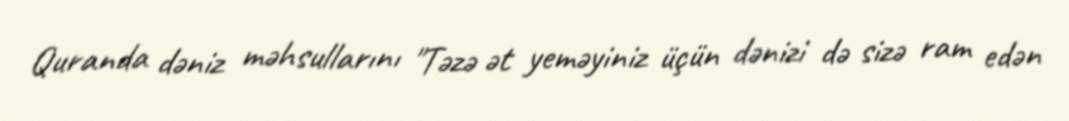
Quranda dəniz məhsullarını "Təzə ət yeməyiniz üçün dənizi də sizə ram edən